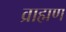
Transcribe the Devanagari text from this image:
व्राह्मण